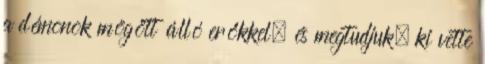
a démonok mögött álló erőkkel, és megtudjuk, ki vette